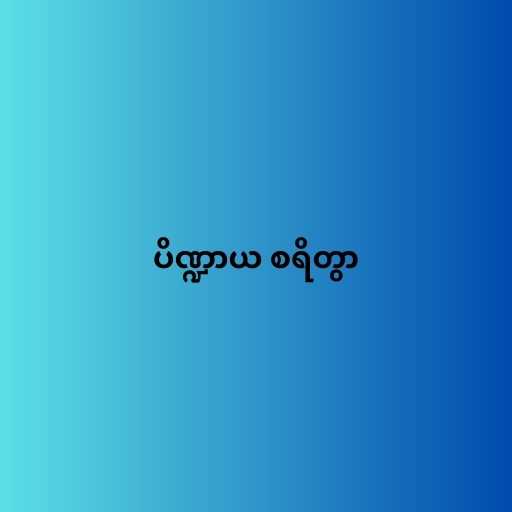
ပိဏ္ဍာယ စရိတွာ